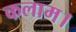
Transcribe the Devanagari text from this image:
कलाम।